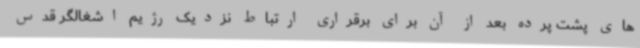
های پشت پرده بعد از آن برای برقراری ارتباط نزدیک رژیم اشغالگر قدس